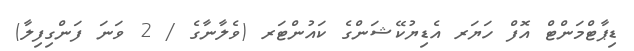
ޑިޕާޓްމަންޓް އޮފް ހަޔަރ އެޑިޔުކޭޝަންގެ ކައުންޓަރ (ވެލާނާގެ / 2 ވަނަ ފަންގިފިލާ)